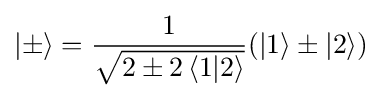
\left|\pm \right\rangle ={\frac {1}{\sqrt {2\pm 2\left\langle 1|2\right\rangle }}}(\left|1\right\rangle \pm \left|2\right\rangle )